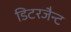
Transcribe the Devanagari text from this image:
डिटरजैन्ट